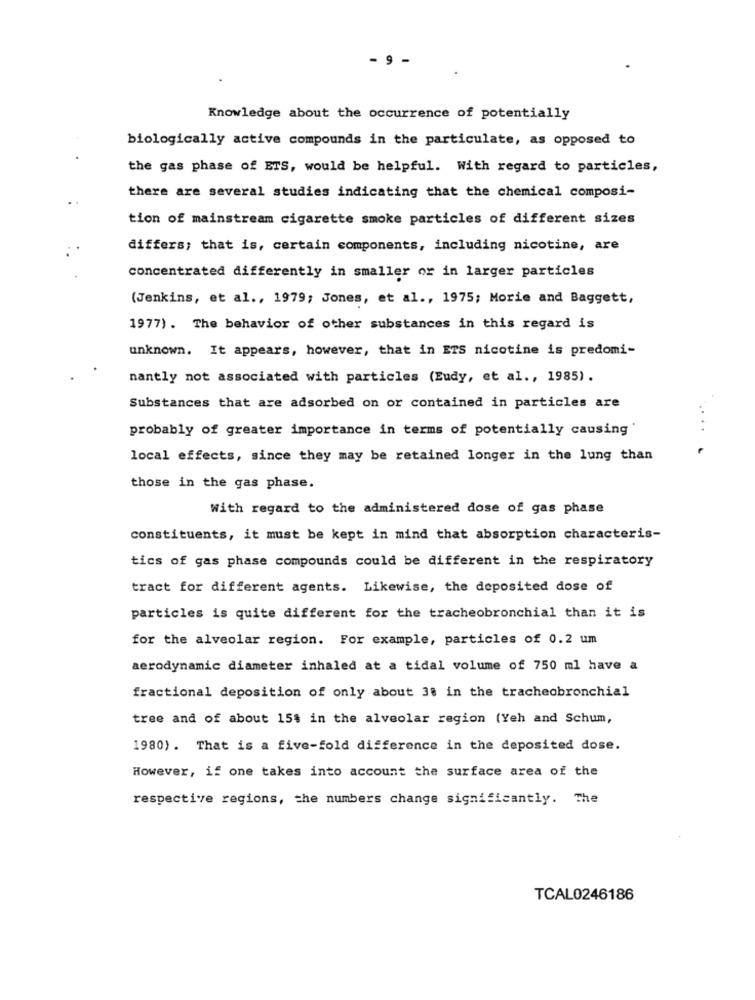
9 -
Knowledge about the occurrence of potentially
biologically active compounds in the particulate, as opposed to
the gas phase of ETS, would be helpful. With regard to particles,
there are several studies indicating that the chemical composi-
tion of mainstream cigarette smoke particles of different sizes
differs; that is, certain components, including nicotine, are
concentrated differently in smaller or in larger particles
(Jenkins, et al ., 1979; Jones, et al ., 1975; Morie and Baggett,
1977) . The behavior of other substances in this regard is
unknown. It appears, however, that in ETS nicotine is predomi-
nantly not associated with particles (Eudy, et al ., 1985).
Substances that are adsorbed on or contained in particles are
probably of greater importance in terms of potentially causing
local effects, since they may be retained longer in the lung than
those in the gas phase.
With regard to the administered dose of gas phase
constituents, it must be kept in mind that absorption characteris-
tics of gas phase compounds could be different in the respiratory
tract for different agents. Likewise, the deposited dose of
particles is quite different for the tracheobronchial than it is
for the alveolar region. For example, particles of 0.2 um
aerodynamic diameter inhaled at a tidal volume of 750 ml have a
fractional deposition of only about 38 in the tracheobronchial
tree and of about 15$ in the alveolar region (Yeh and Schum,
1980) . That is a five-fold difference in the deposited dose.
However, if one takes into account the surface area of the
respective regions, the numbers change significantly. The
TCAL0246186